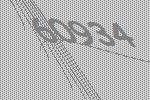
60934